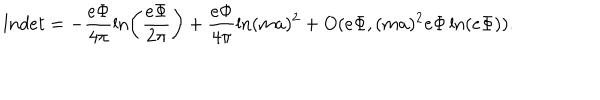
l n d e t = - \frac { e \Phi } { 4 \pi } \ln \left( \frac { e \Phi } { 2 \pi } \right) + \frac { e \Phi } { 4 \pi } \ln ( m a ) ^ { 2 } + O ( e \Phi , ( m a ) ^ { 2 } e \Phi \ln ( e \Phi ) ) .